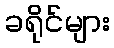
ခရိုင်များ